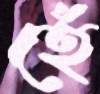
হেঁ